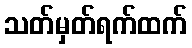
သတ်မှတ်ရက်ထက်